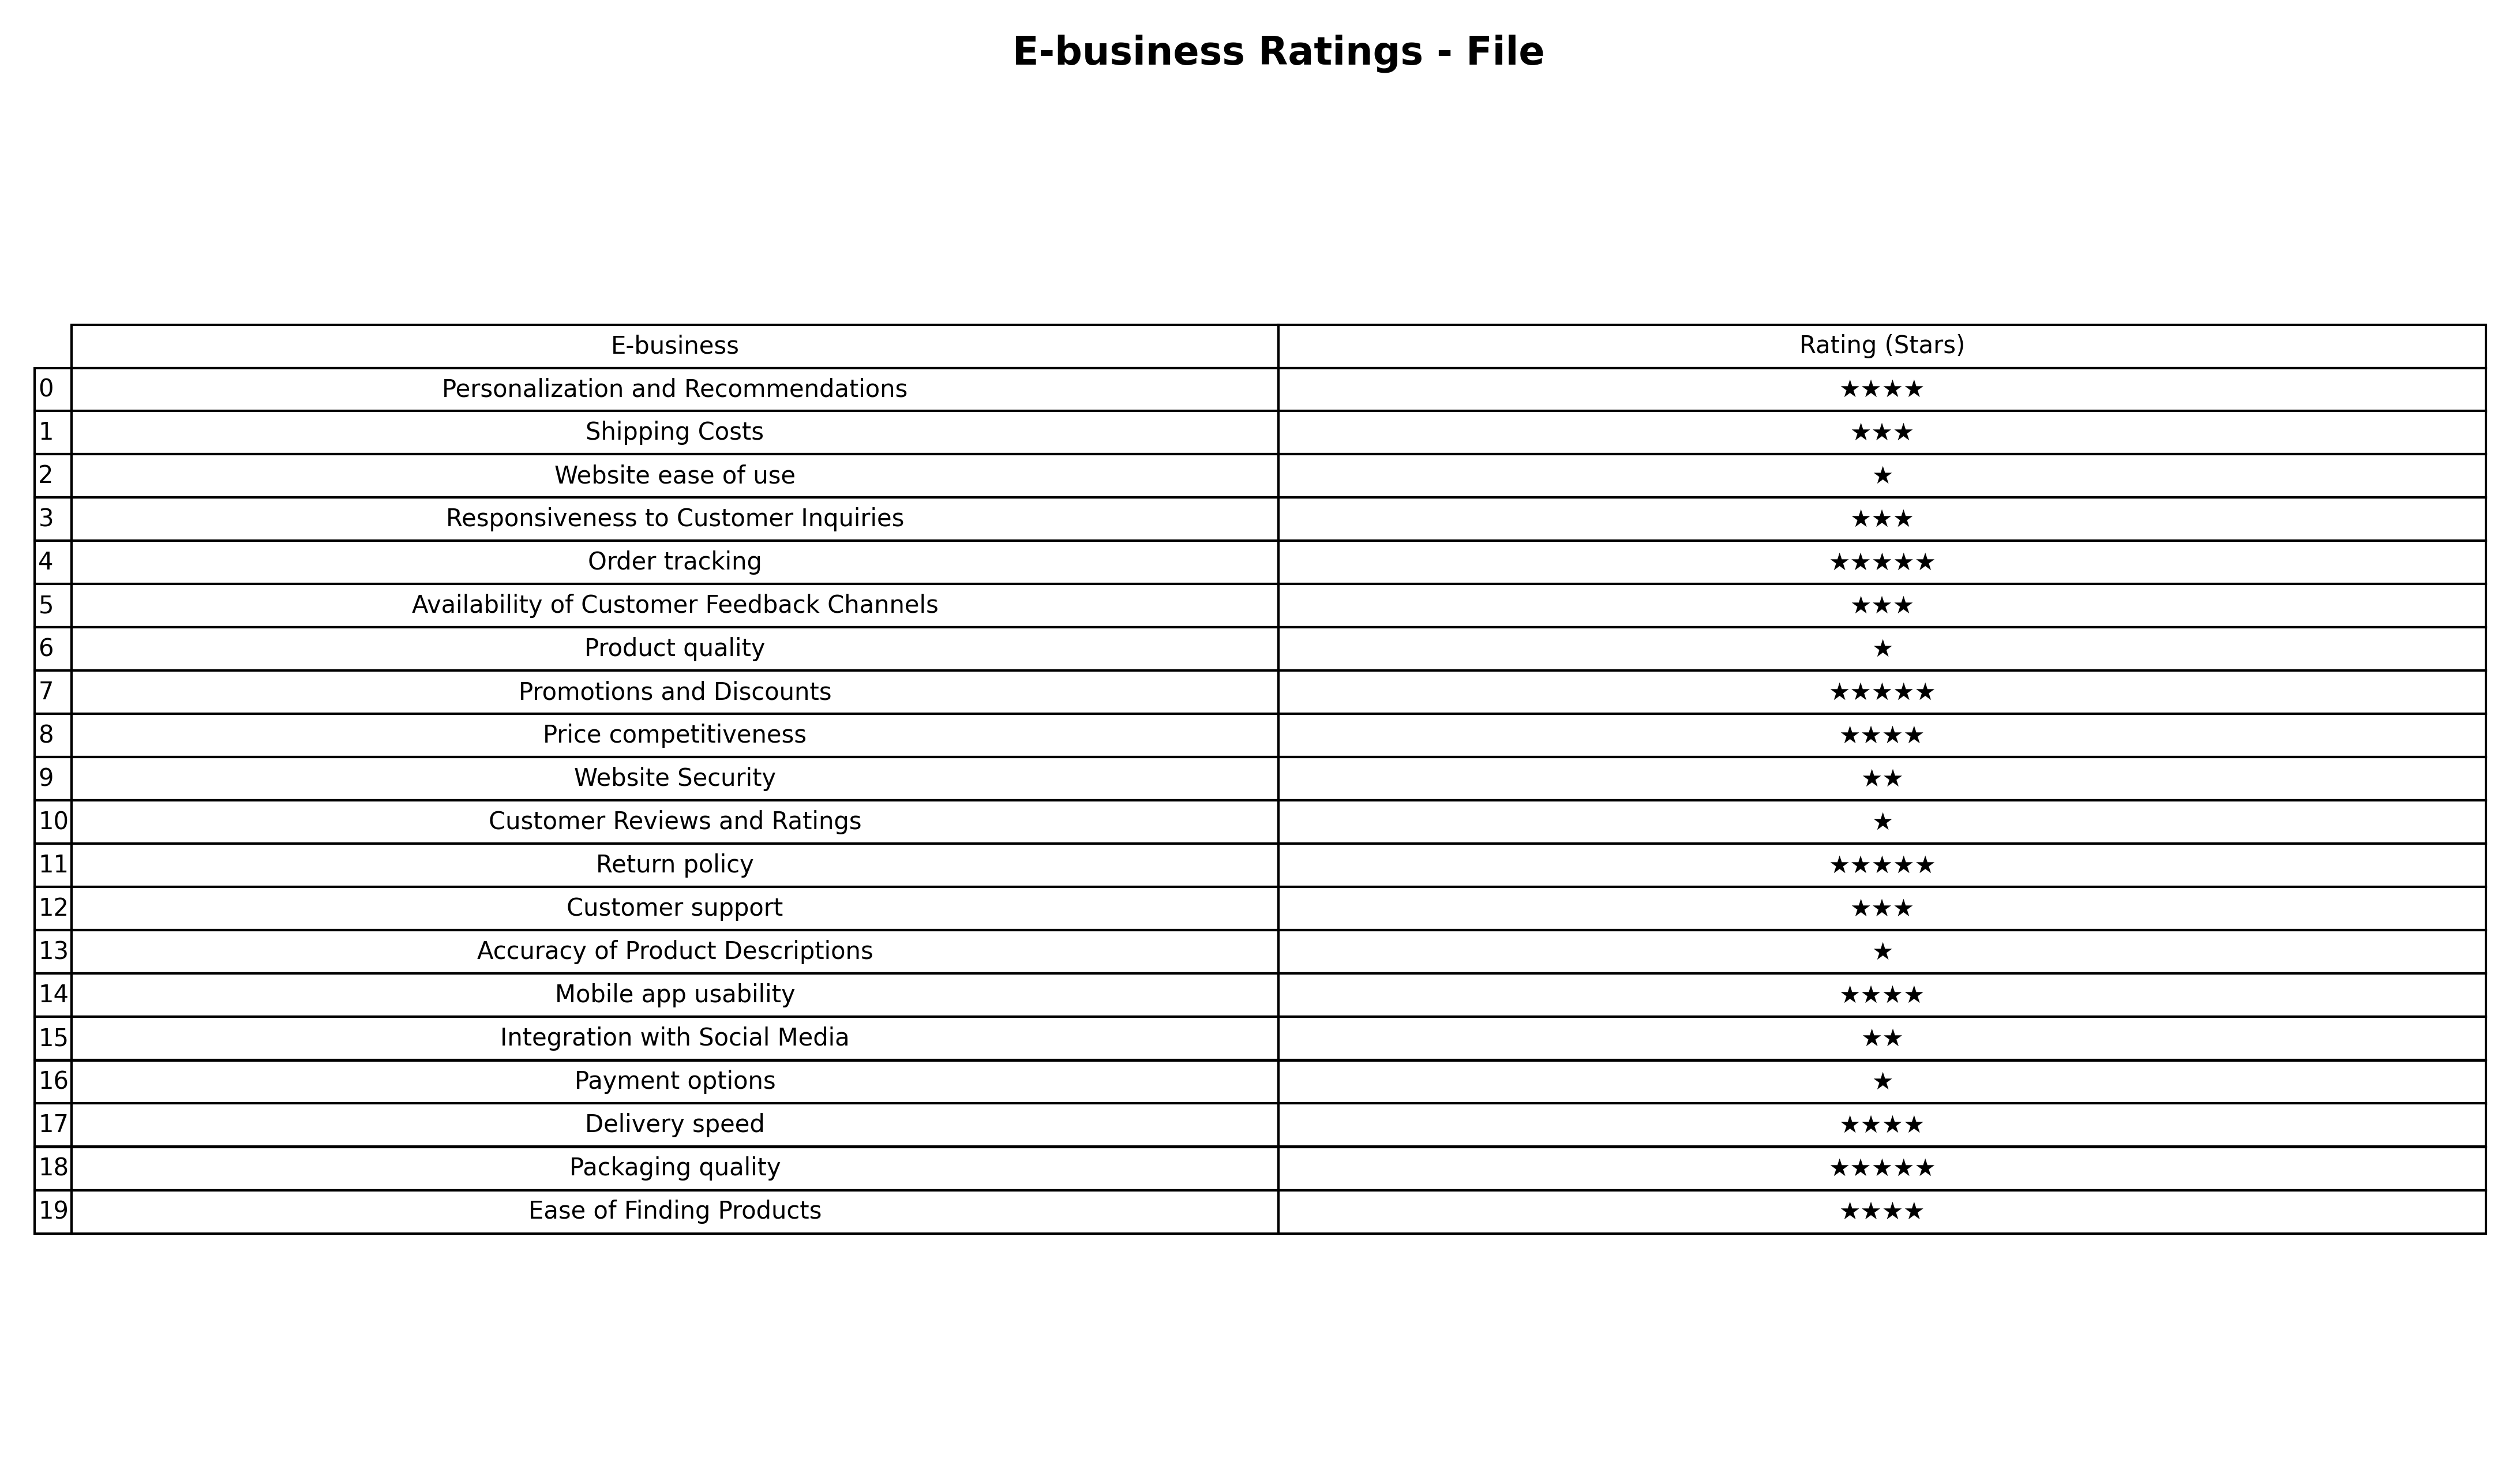
question: What are highest rating services?
answer: Personalization and RecommendationsPrice competitivenessMobile app usabilityDelivery speedEase of Finding Products